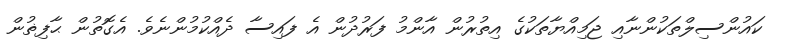
ކައުންސިލްތަކުންނާއި ޖަމިއްޔާތަކުގެ އިތުރުން އާންމު ފަރުދުން އެ ފައިސާ ދެއްކުމުންނެވެ. އެގޮތުން ޙާފިޡުން